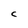
Character: C